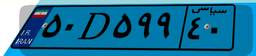
۶۰D۷۸۴۵۴